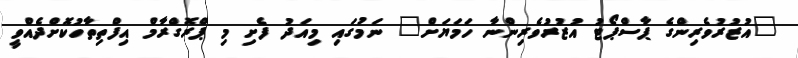
"އުޒުރުވެރިންގެ ޕާސްޕޯޓު އުޒުރުވެރިންނާ ހަމަޔަށް" ނަމުގައި މިއަދު ފެށި މި ޕްރޮގްރާމް އިފްތިތާހުކޮށްދެއްވީ